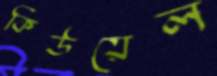
কিউয়েল